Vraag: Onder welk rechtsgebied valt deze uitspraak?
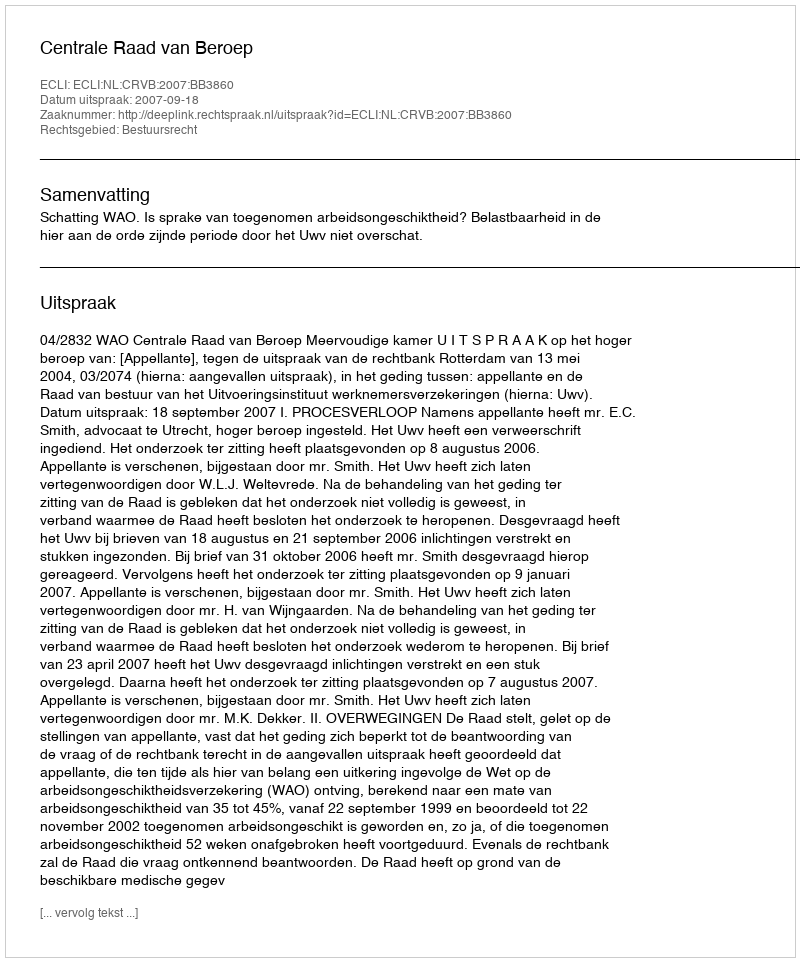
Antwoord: Bestuursrecht